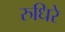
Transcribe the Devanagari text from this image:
रुधिरे